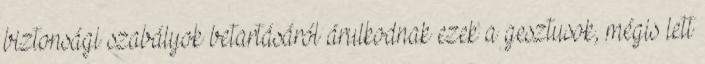
biztonsági szabályok betartásáról árulkodnak ezek a gesztusok, mégis lett